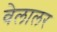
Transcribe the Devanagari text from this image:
वेलालर